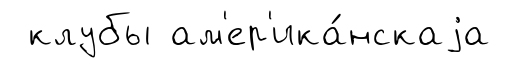
клубы ам'ер'ика́нскаjа